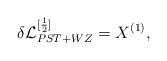
\begin{align*}\delta {\cal L}_{PST + WZ}^{[\frac{1}{2}]} = X^{(1)} ,\end{align*}